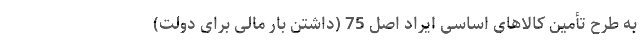
به طرح تأمین کالاهای اساسی ایراد اصل 75 (داشتن بار مالی برای دولت)